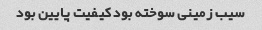
سیب زمینی سوخته بود کیفیت پایین بود